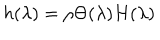
h ( \lambda ) = \rho \Theta ( \lambda ) H ( \lambda )